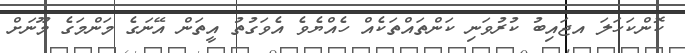
ކޮންކަހަލަ އޖައިބު ކުރުވަނި ކަންތައްތަކެއް ހެއްޔެވެ އެވަގުތު އީތަން އޭނަގެ މަންމަގެ މޫނަށް